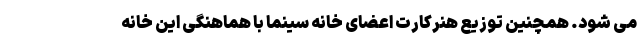
می شود. همچنین توزیع هنرکارت اعضای خانه سینما با هماهنگی این خانه